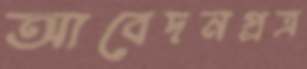
আবেদনপ্রত্র